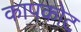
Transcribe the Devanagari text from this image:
कापकोट